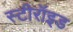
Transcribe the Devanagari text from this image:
स्टीरॉइड